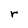
Character: r